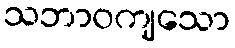
သဘာဝကျသော